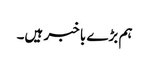
ہم بڑے با خبر ہیں۔